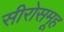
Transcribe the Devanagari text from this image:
सीरोसमूह